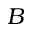
B